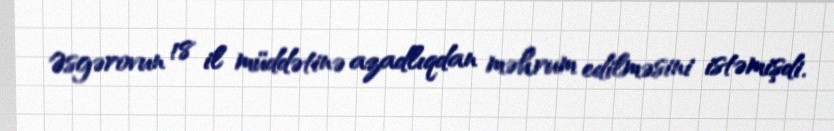
Əsgərovun 18 il müddətinə azadlıqdan məhrum edilməsini istəmişdi.